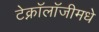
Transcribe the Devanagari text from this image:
टेक्नॉलॉजीमधे